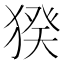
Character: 猤